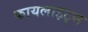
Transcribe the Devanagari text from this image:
फायलाइट्स